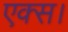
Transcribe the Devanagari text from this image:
एक्स।